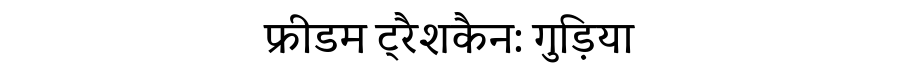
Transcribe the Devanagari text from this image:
फ्रीडम ट्रैशकैन: गुड़िया